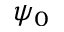
\psi _ { 0 }